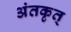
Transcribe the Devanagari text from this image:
अंतकृत्